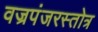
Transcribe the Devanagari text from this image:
वज्रपंजरस्तोत्र